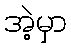
အဲ့မှာ